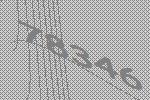
78346